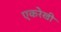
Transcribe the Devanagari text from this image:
एकरेखी